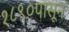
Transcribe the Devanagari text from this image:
१८९०पासून